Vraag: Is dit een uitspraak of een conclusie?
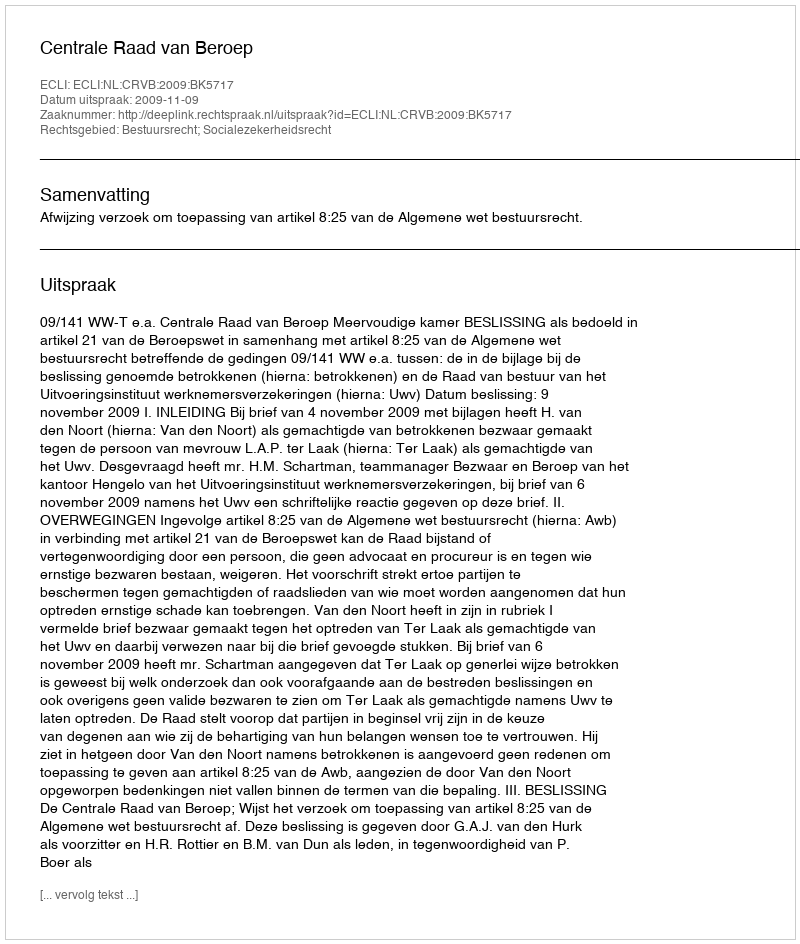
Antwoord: Uitspraak